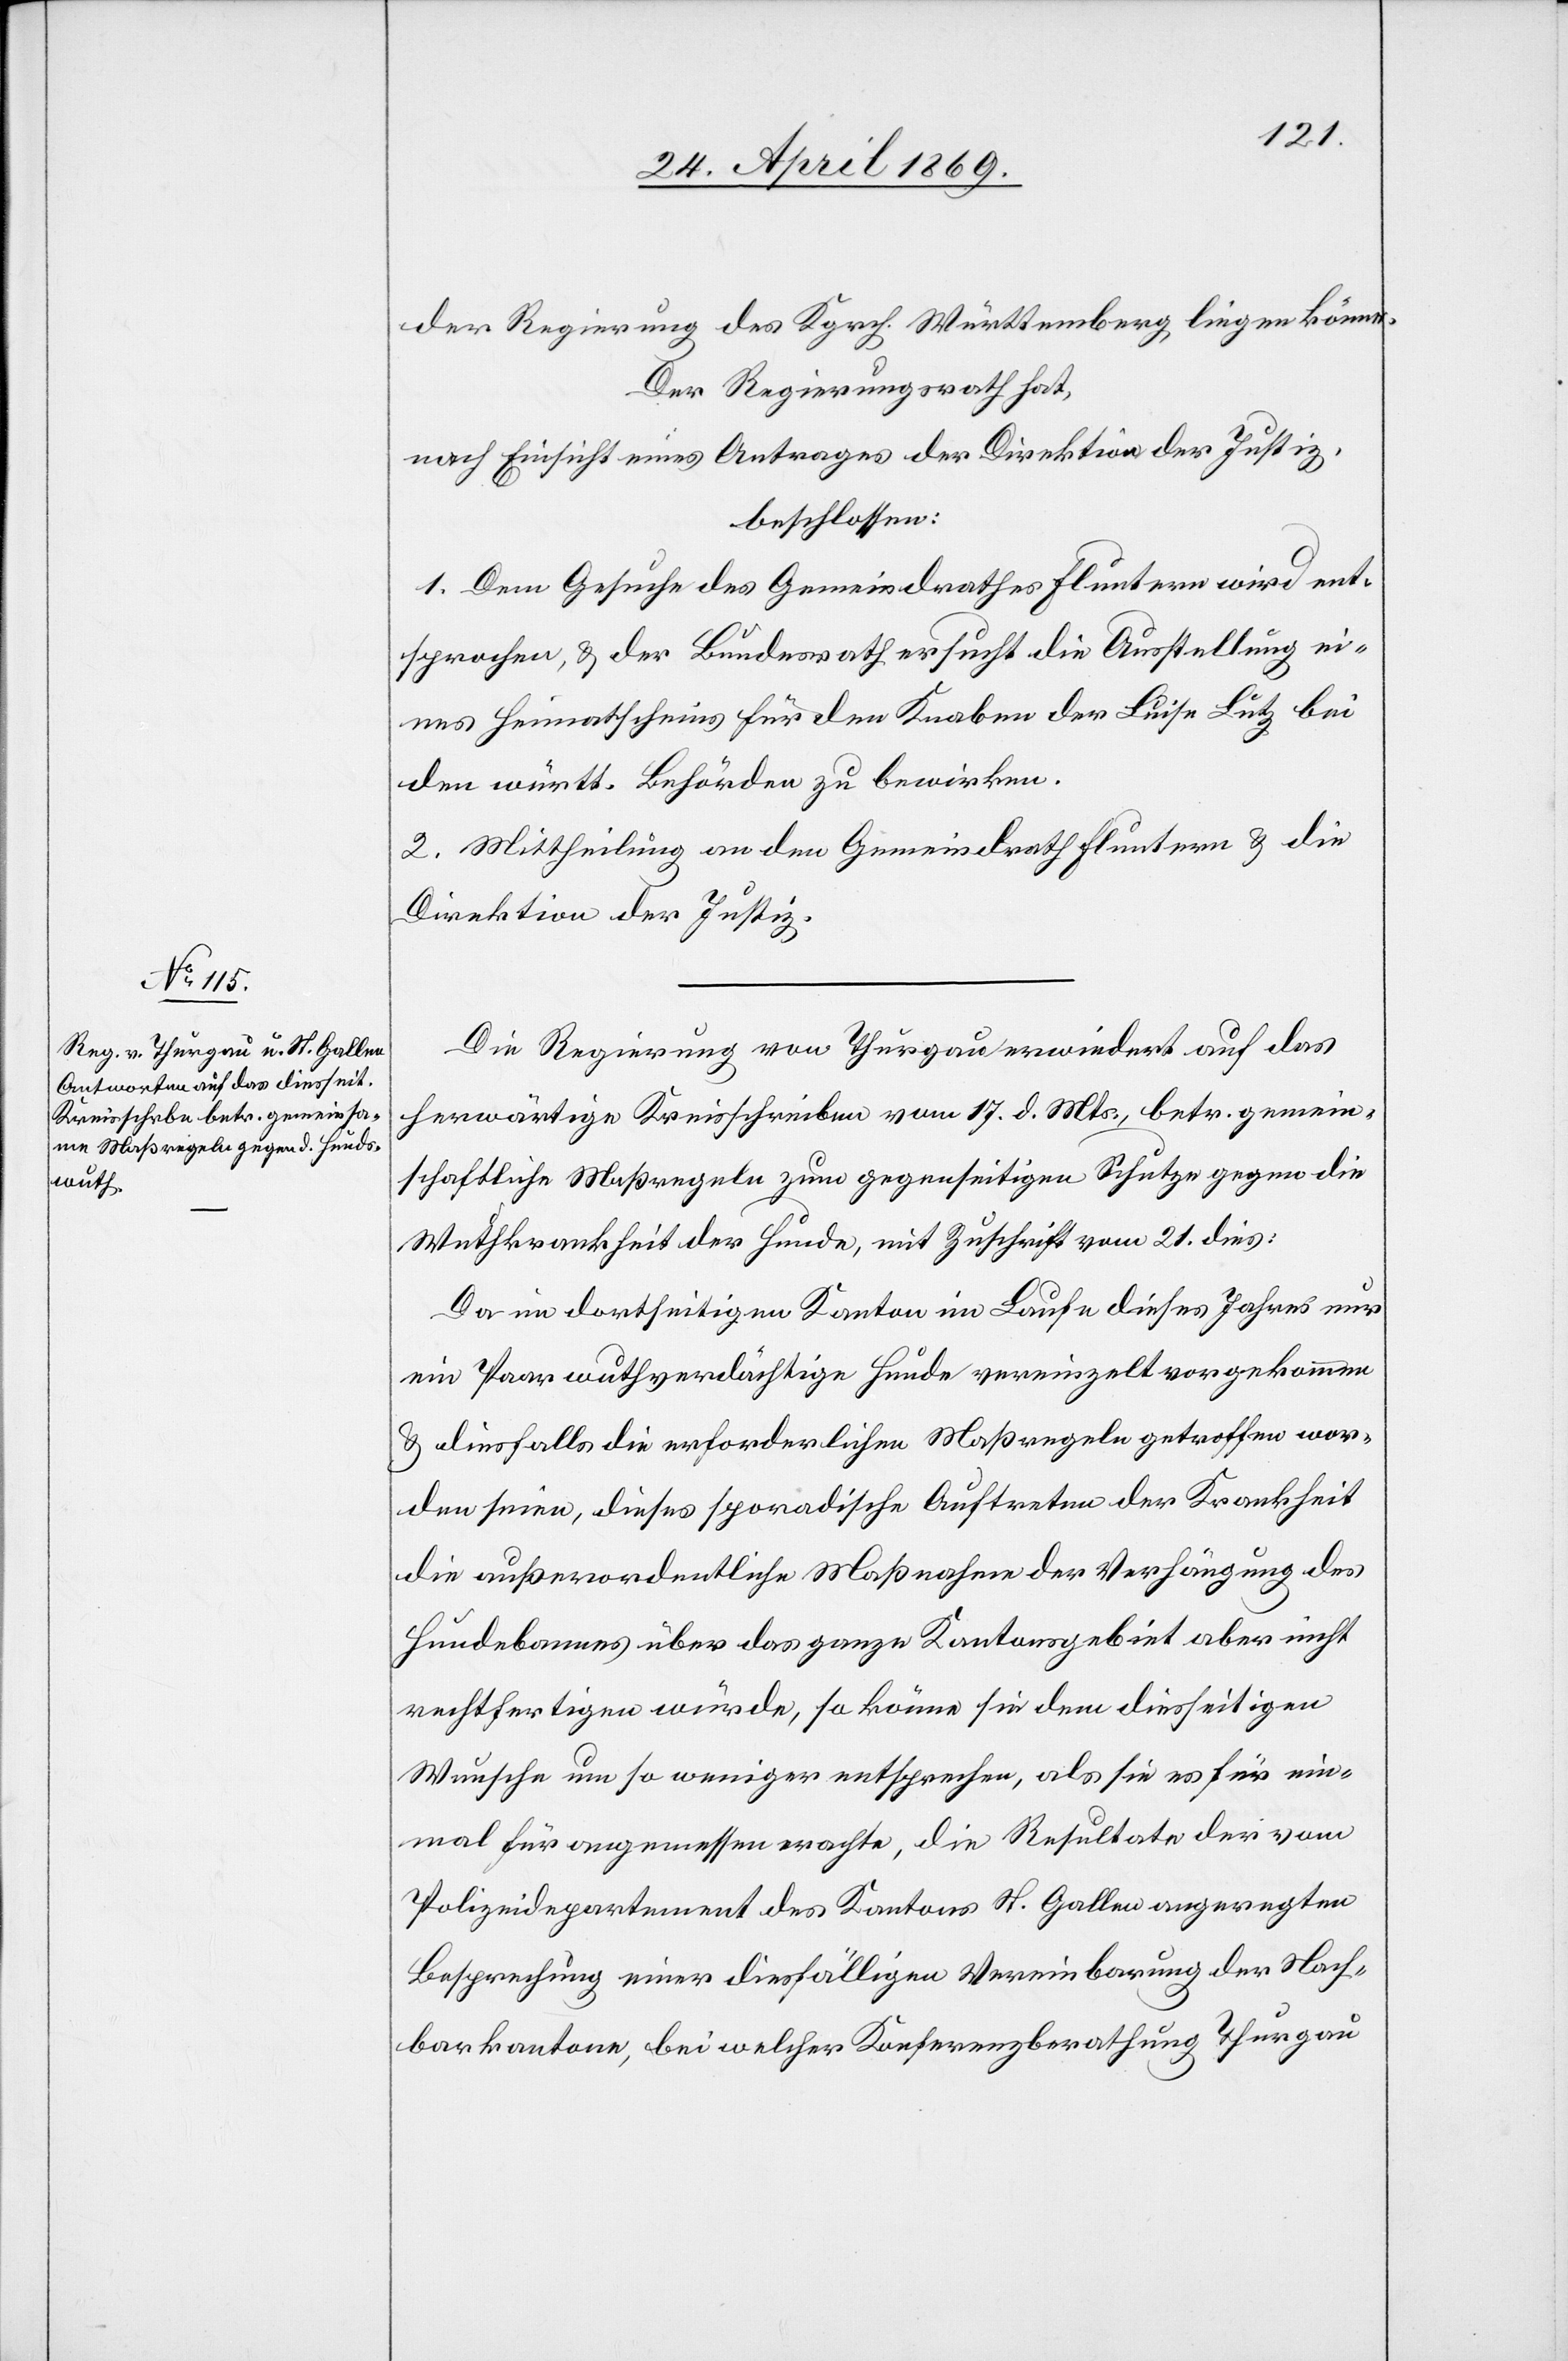
der Regierung des Kgrch. Württemberg liegen könne.
Der Regierungsrath hat,
nach Einsicht eines Antrages der Direktion der Justiz,
beschlossen:
1. Dem Gesuche des Gemeindrathes Fluntern wird ent¬
sprochen, u. der Bundesrath ersucht die Ausstellung ei¬
nes Heimatscheines für den Knaben der Luise Lutz bei
den württ. Behörden zu bewirken.
2. Mittheilung an den Gemeindrath Fluntern u. die
Direktion der Justiz.
Die Regierung von Thurgau erwiedert auf das
herwärtige Kreisschreiben vom 17. d. Mts., betr. gemein¬
schaftliche Maßregeln zum gegenseitigen Schutze gegen die
Wuthkrankheit der Hunde, mit Zuschrift vom 21. dies:
Da im dortseitigen Kanton im Laufe dieses Jahres nur
ein Paar wuthverdächtige Hunde vereinzelt vorgekommen
u. diesfalls die erforderlichen Maßregeln getroffen wor¬
den seien, dieses sporadische Auftreten der Krankheit
die außerordentliche Maßnahme der Verhängung des
Hundbannes über das ganze Kantonsgebiet aber nicht
rechtfertigen würde, so könne sie dem diesseitigen
Wunsche um so weniger entsprechen, als sie es für ein¬
mal für angemessen erachte, die Resultate der vom
Polizeidepartement des Kantons St. Gallen angeregten
Besprechung einer diesfälligen Vereinbarung der Nach¬
barkantone, bei welcher Konferenzberathung Thurgau